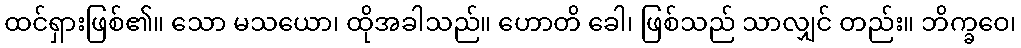
ထင်ရှားဖြစ်၏။ သော မသယော၊ ထိုအခါသည်။ ဟောတိ ခေါ၊ ဖြစ်သည် သာလျှင် တည်း။ ဘိက္ခဝေ၊